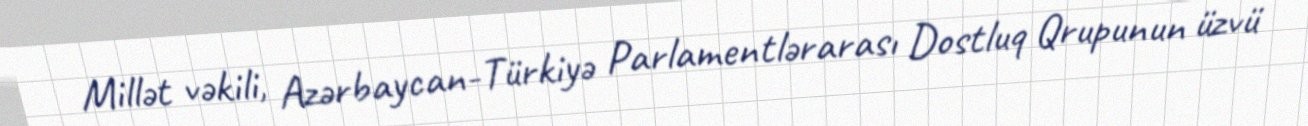
Millət vəkili, Azərbaycan-Türkiyə Parlamentlərarası Dostluq Qrupunun üzvü